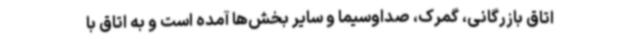
اتاق بازرگانی، گمرک، صداوسیما و سایر بخش‌ها آمده است و به اتاق با